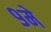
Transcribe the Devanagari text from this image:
९मे